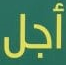
أجل